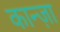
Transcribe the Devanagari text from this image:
कान्ज़ा